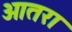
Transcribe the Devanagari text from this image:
ओतरा